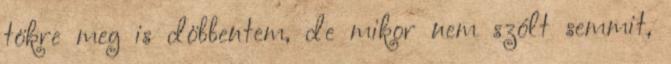
tökre meg is döbbentem, de mikor nem szólt semmit,